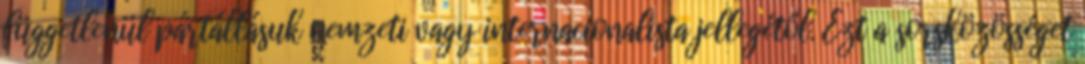
függetlenül pártállásuk nemzeti vagy internacionalista jellegétől. Ezt a sorsközösséget